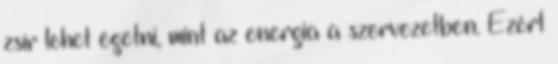
zsír lehet égetni, mint az energia a szervezetben. Ezért